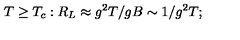
T \geq T _ { c } : R _ { L } \approx g ^ { 2 } T / g B \sim 1 / g ^ { 2 } T ;